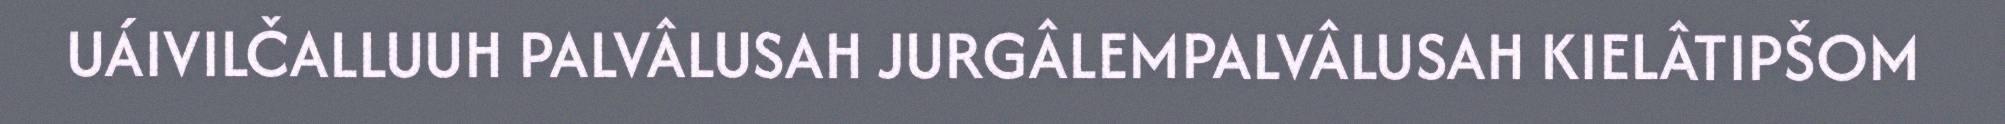
UÁIVILČALLUUH PALVÂLUSAH JURGÂLEMPALVÂLUSAH KIELÂTIPŠOM